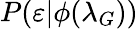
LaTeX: P(\varepsilon|\phi(\lambda_{G}))